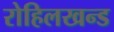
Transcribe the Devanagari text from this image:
रोहिलखन्ड